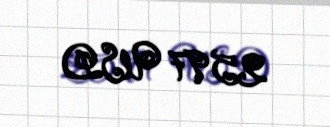
2597 USD